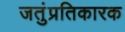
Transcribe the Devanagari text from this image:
जतुंप्रतिकारक